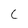
Character: C